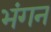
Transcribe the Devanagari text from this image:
भंगन